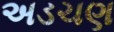
અડચણ